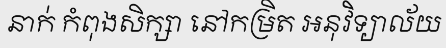
នាក់ កំពុងសិក្សា នៅកម្រិត អនុវិទ្យាល័យ